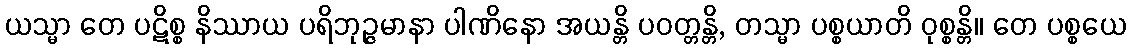
ယသ္မာ တေ ပဋိစ္စ နိဿာယ ပရိဘုဉ္ဇမာနာ ပါဏိနော အယန္တိ ပဝတ္တန္တိ, တသ္မာ ပစ္စယာတိ ဝုစ္စန္တိ။ တေ ပစ္စယေ